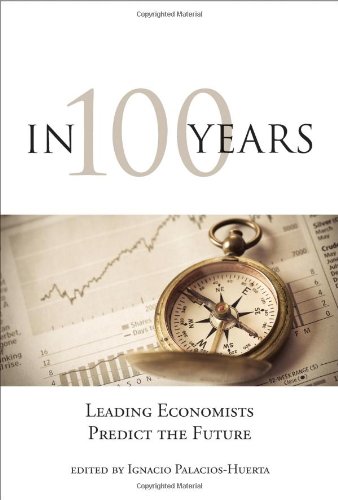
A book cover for In 100 Years: Leading Economists Predict the Future; Business & Money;